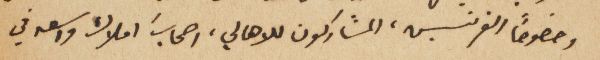
وخصوصاً الفرنسيس، المشاركون للاهالي، اصحاب املاك واسعه في